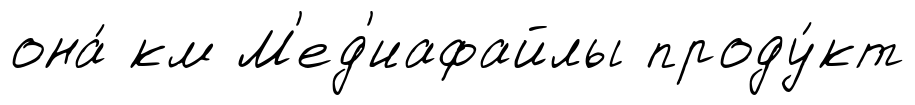
она́ км М'ед'иафайлы проду́кт